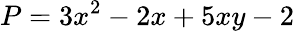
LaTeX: P=3x^{2}-2x+5xy-2